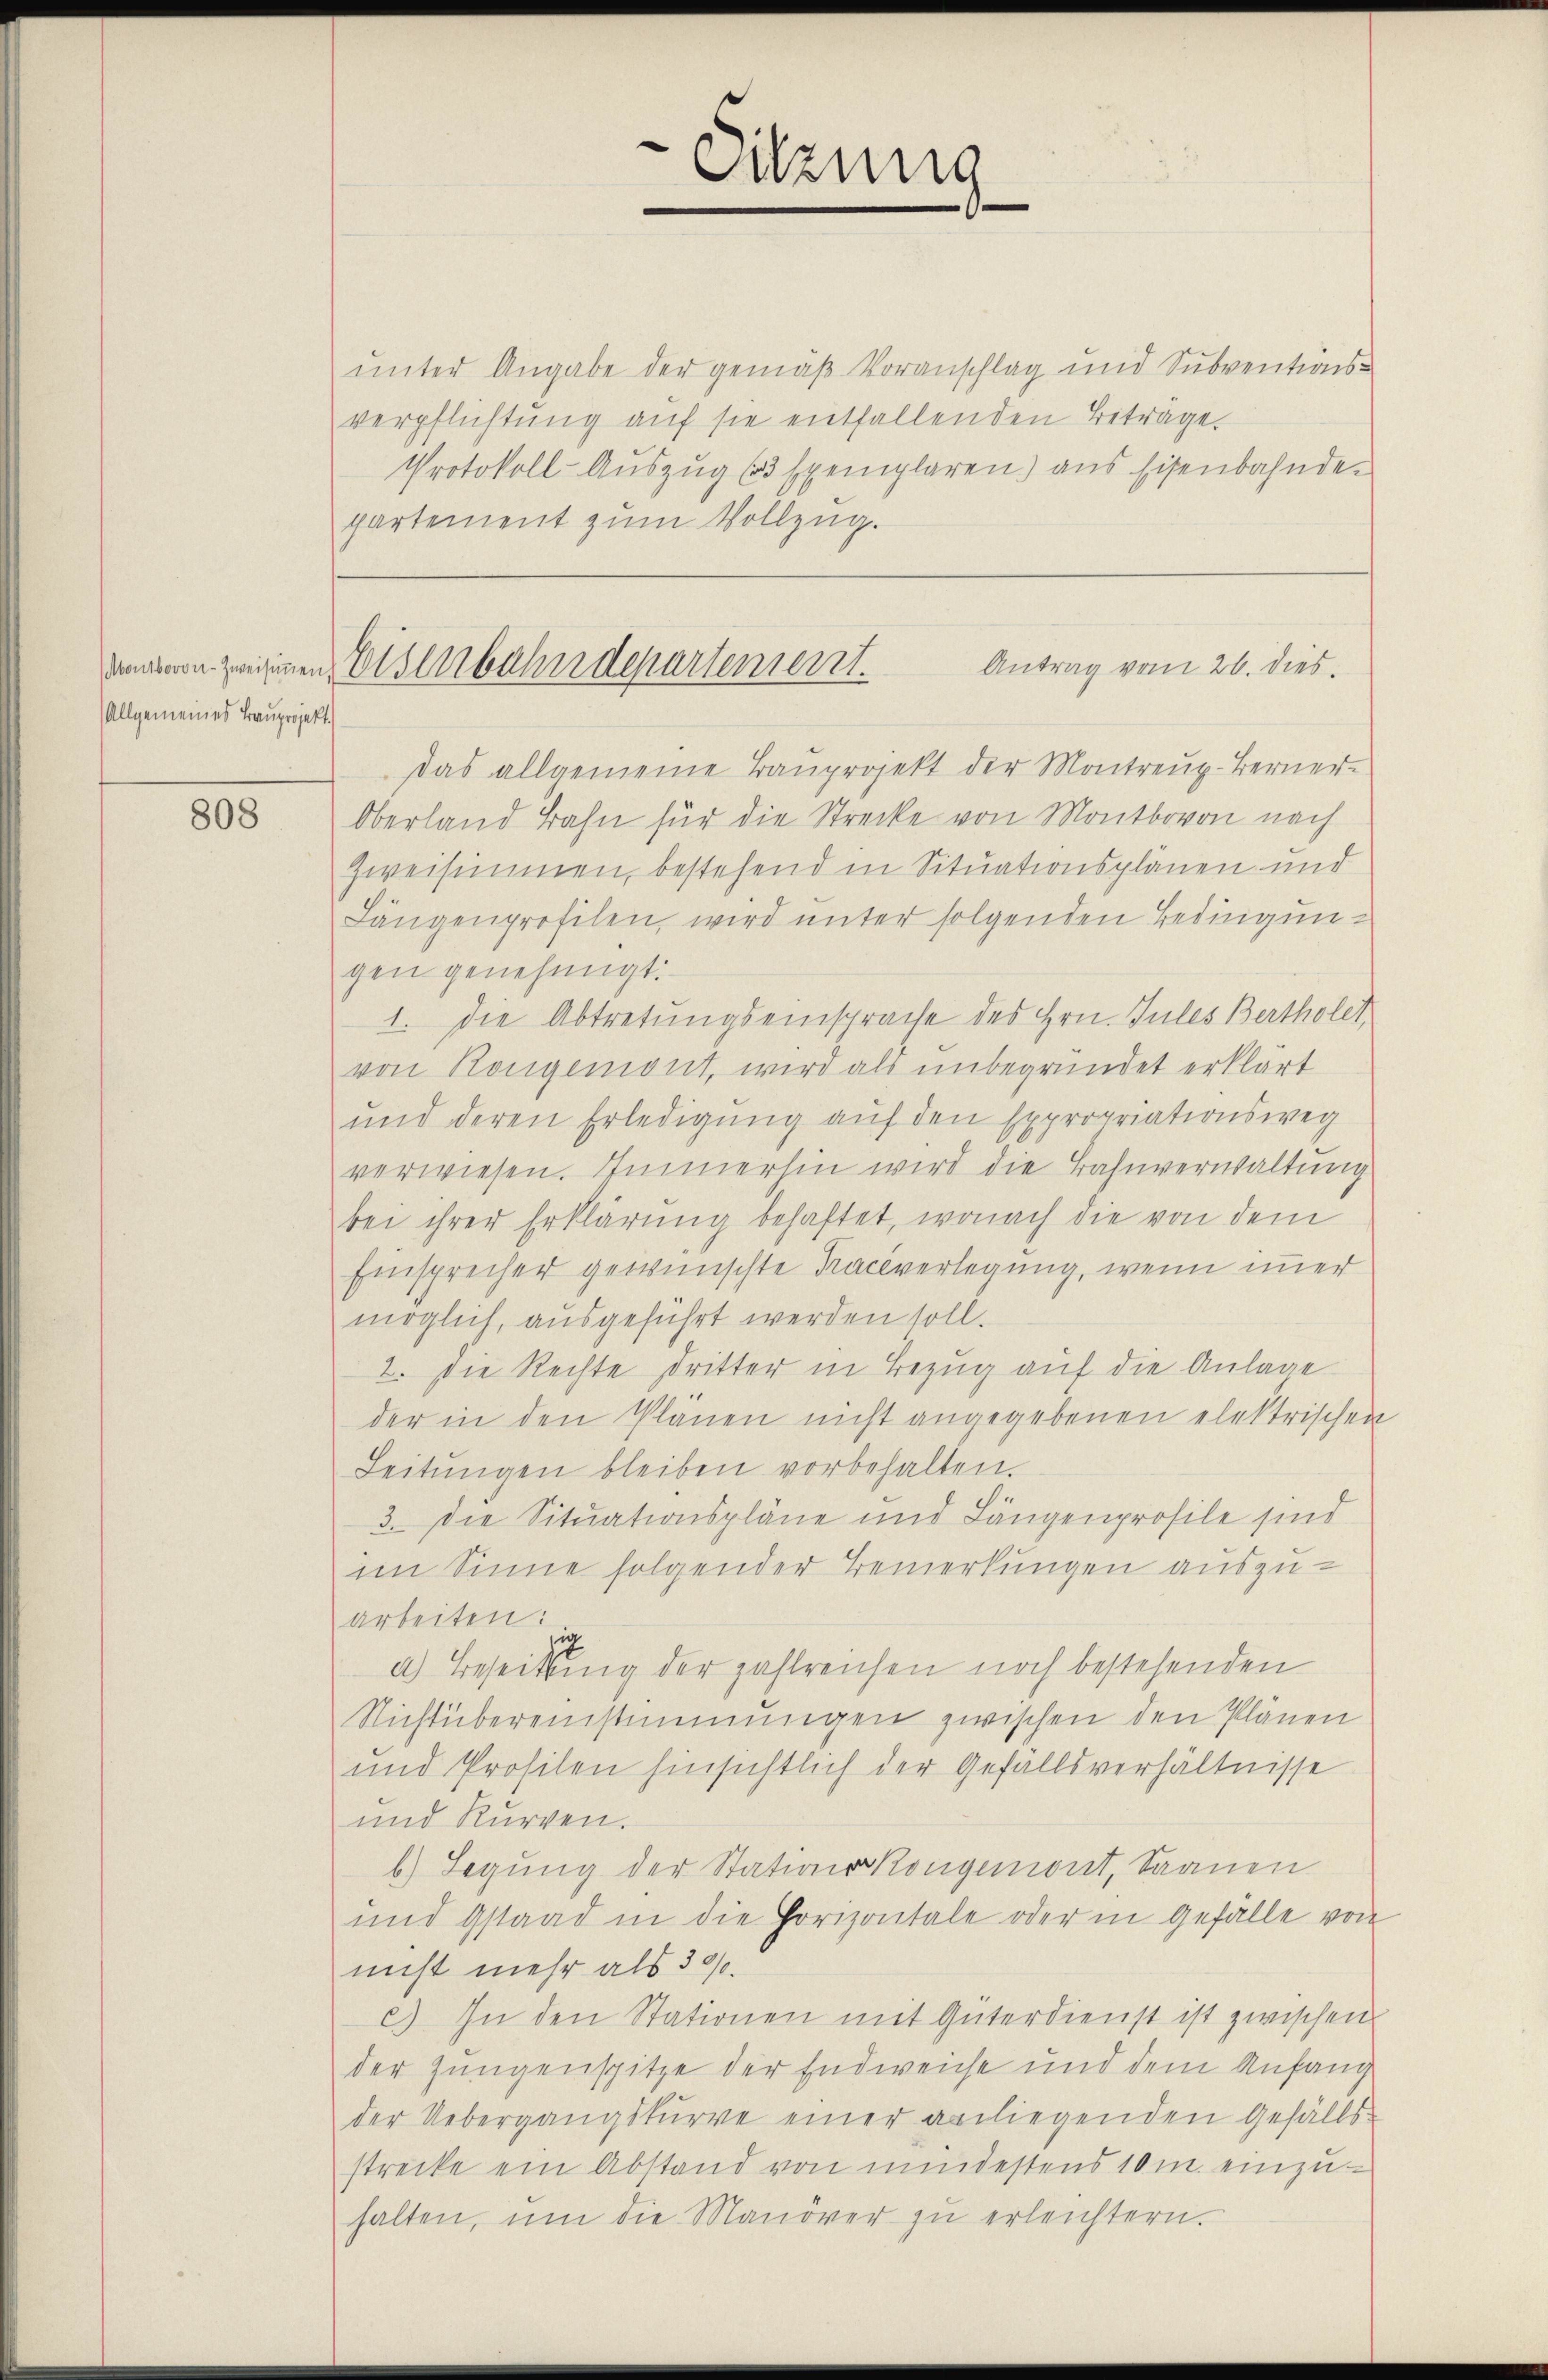
Allgemeines Bauprojekt.

808

partement zum Vollzug.

davon zeigenen Eisenbahndepartement.

Sitzung
.

unter Angabe der gemäß Voranschlag und Subventionsverpflichtung auf sie entfallenden Beträge.
Protokoll-Auszug (3 Exemplaren) aus Eisenbahnden
Antrag vom 26. dies
das allgemeine Bauprojekt der Montreuz-Berner¬
Oberland Bahn für die Strecke von Montbovon nach
Zweisimmen, bestehend in Situationsplänen und
Längenprofilen, wird unter folgenden Bedingungen genehmigt.
1. Die Abtretungseinsprache des Hrn. Jules Bertholet
von Rongemont, wird als unbegründet erklärt
und deren Erledigung auf den Expropriationsweg
verwiesen. Immerhin wird die Bahnverwaltung
bei ihrer Erklärung behaftet, wonach die von dem
Einsprecher gewünschte Rachverlegung, wenn immer
möglich, ausgeführt werden soll.
2. Die Rechte Dritter in Bezug auf die Anlage
der in den Plänen nicht angegebenen elektrischen
Leitŭngen bleiben vorbehalten.
3. Die Situationspläne und Längenprofile sind
im Sinne folgender Bemerkungen auszuarbeiten:
sie
a) Beseitzung der zahlreichen noch bestehenden
Nichtübereinstimmungen zwischen den Plänen
und Profilen hinsichtlich der Gefallsverhältnisse
und Kurren.
b) Legung der Stationskongemont, Saanen
und Gstaad in die Horizontale oder in Gefälle von
nicht mehr als 300.
c) In den Stationen mit Güterdienst ist zwischen
der Zungenspitze der Endweiche und dem Anfang
der Uebergangskŭrve einer anliegenden Gefälls-
strecke ein Abstand von mindestens 10 m. einzuhalten, ŭm die Manöver zŭ erleichtern.